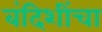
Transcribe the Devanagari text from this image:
बंदिशींचा